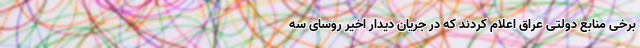
برخی منابع دولتی عراق اعلام کردند که در جریان دیدار اخیر روسای سه